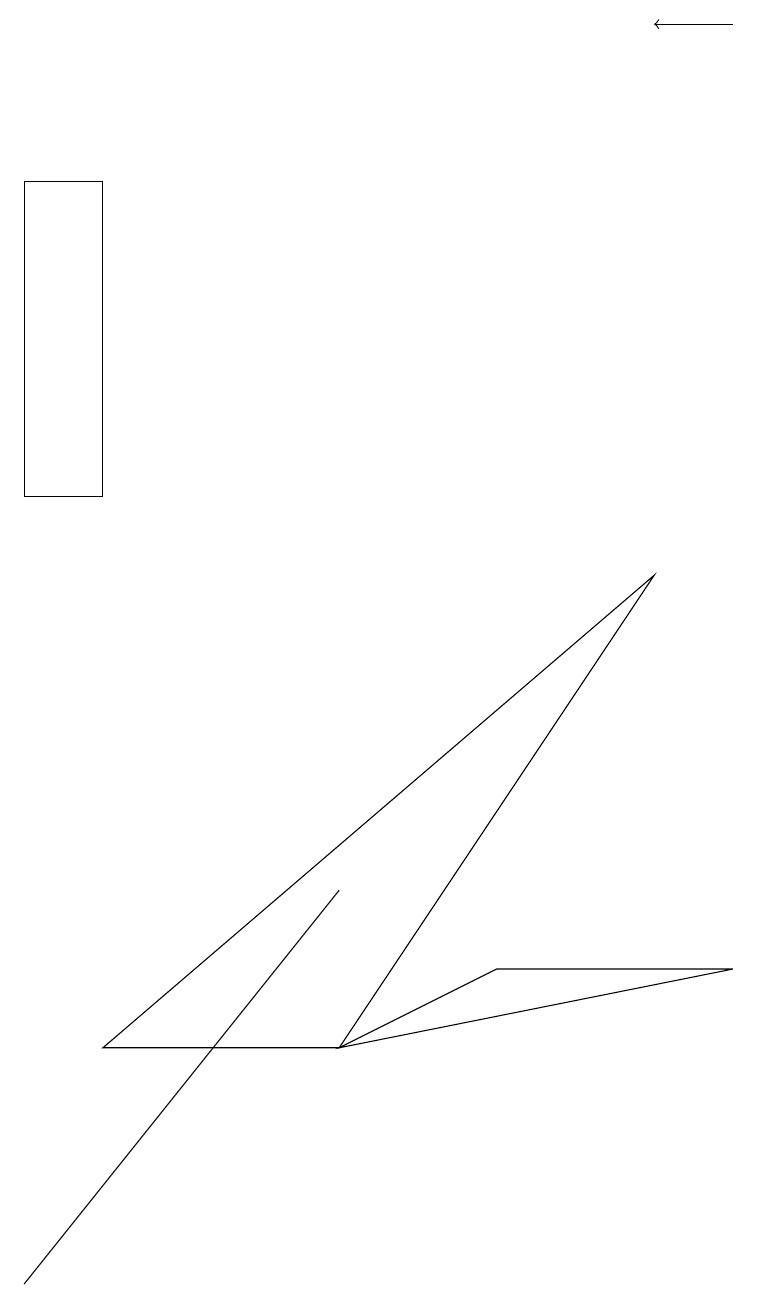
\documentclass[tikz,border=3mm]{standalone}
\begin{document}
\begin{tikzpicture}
\draw[->] (9,16) -- (8,16);
\draw (0,0) -- (4,5) -- (4,5) -- cycle;
\draw (4,3) -- (8,9) -- (1,3) -- cycle;
\draw (9,4) -- (4,3) -- (6,4) -- cycle;
\draw (0,14) rectangle (1,10);
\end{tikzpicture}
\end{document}